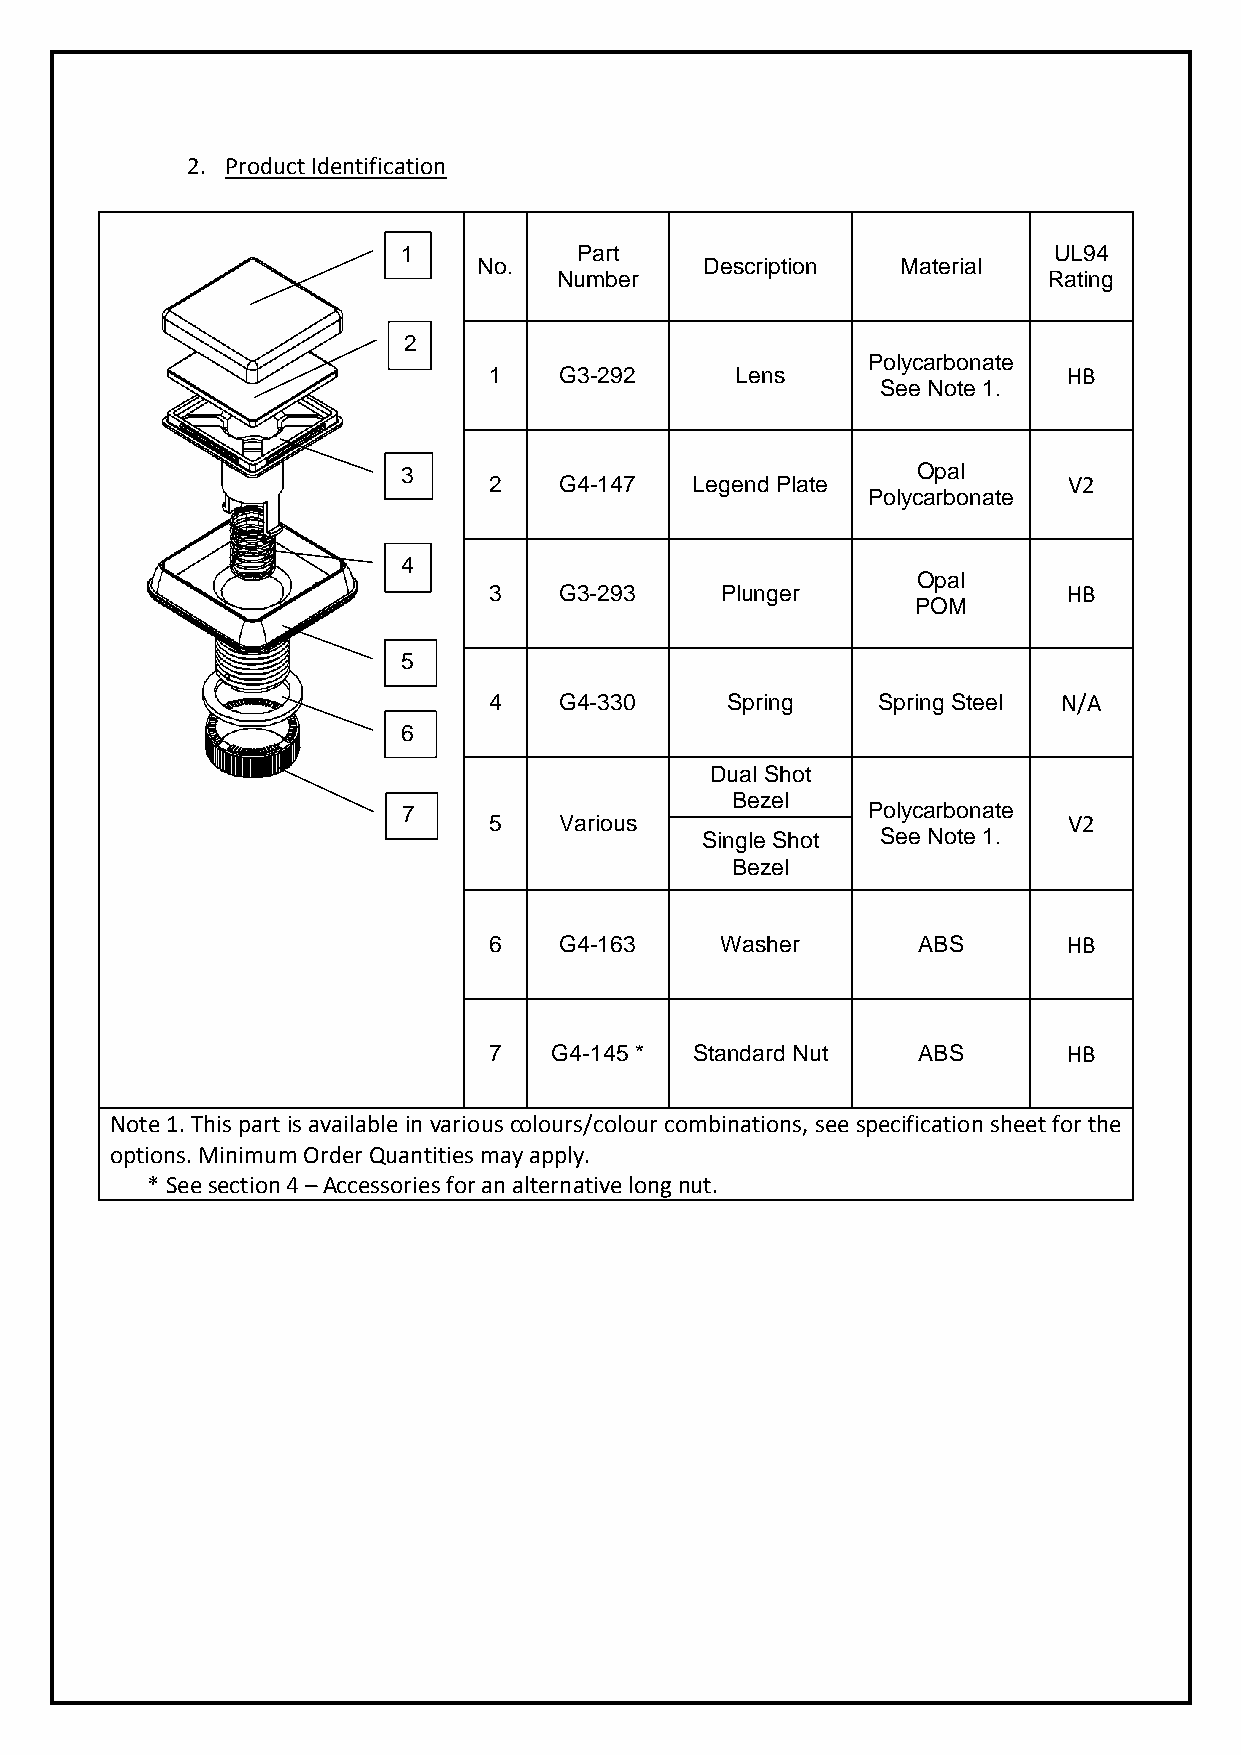
2. Product Identification
 1          Part                            UL94
 No.            Description  Material
 Number                          Rating
 2
 Polycarbonate
 1    G3-292      Lens                  HB
 See Note 1.
 3                                 Opal
 2    G4-147   Legend Plate             V2
 Polycarbonate
 4
 Opal
 3    G3-293     Plunger                HB
 POM
 5
 4    G4-330     Spring    Spring Steel N/A
 6
 Dual Shot
 Bezel
 7                             Polycarbonate
 5    Various                           V2
 Single Shot See Note 1.
 Bezel
 6    G4-163     Washer       ABS       HB
 7    G4-145 * Standard Nut   ABS       HB
 Note 1. This part is available in various colours/colour combinations, see specification sheet for the
 options. Minimum Order Quantities may apply.
 * See section 4 – Accessories for an alternative long nut.